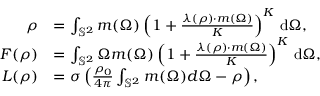
\begin{array} { r l } { \boldsymbol { \rho } } & { = \int _ { \mathbb { S } ^ { 2 } } \boldsymbol { m } ( \Omega ) \left( 1 + \frac { \boldsymbol { \lambda } ( \boldsymbol { \rho } ) \cdot \boldsymbol { m } ( \Omega ) } { K } \right) ^ { K } \, \mathrm { d } \Omega , } \\ { \boldsymbol { F } ( \boldsymbol { \rho } ) } & { = \int _ { \mathbb { S } ^ { 2 } } \Omega \boldsymbol { m } ( \Omega ) \left( 1 + \frac { \boldsymbol { \lambda } ( \boldsymbol { \rho } ) \cdot \boldsymbol { m } ( \Omega ) } { K } \right) ^ { K } \, \mathrm { d } \Omega , } \\ { \boldsymbol { L } ( \boldsymbol { \rho } ) } & { = \sigma \left( \frac { \rho _ { 0 } } { 4 \pi } \int _ { \mathbb { S } ^ { 2 } } \boldsymbol { m } ( \Omega ) d \Omega - \boldsymbol { \rho } \right) , } \end{array}